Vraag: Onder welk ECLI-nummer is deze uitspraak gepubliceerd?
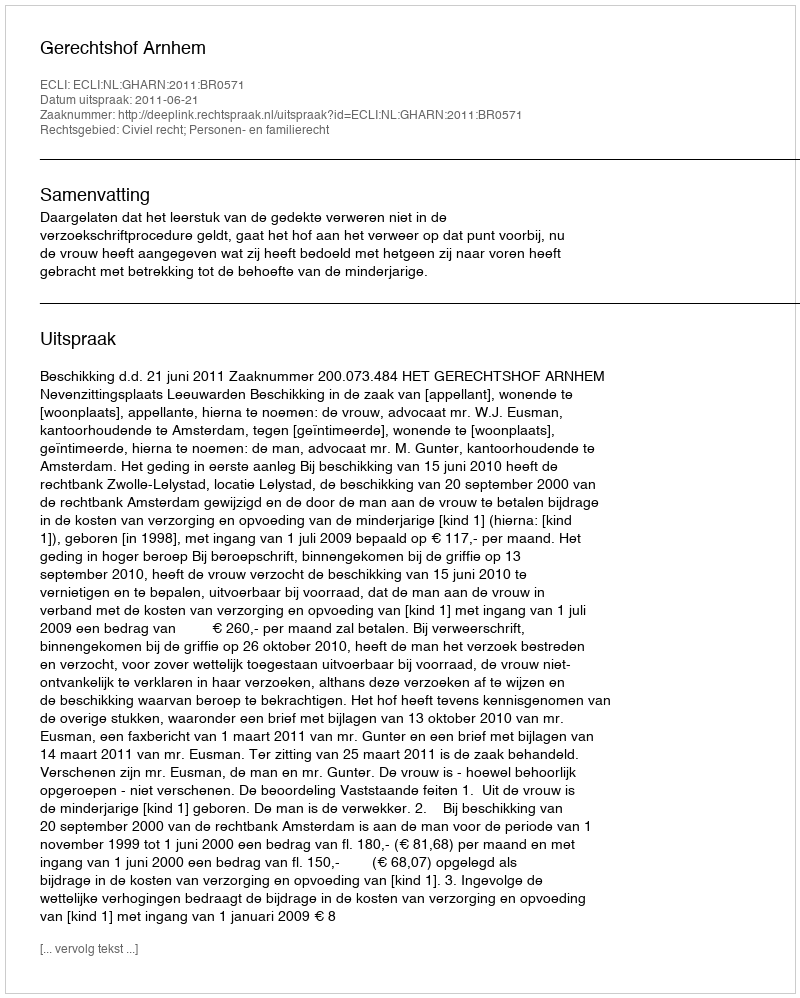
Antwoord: ECLI:NL:GHARN:2011:BR0571